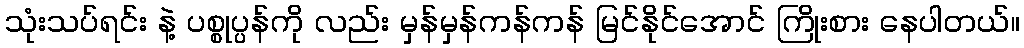
သုံးသပ်ရင်း နဲ့ ပစ္စုပ္ပန်ကို လည်း မှန်မှန်ကန်ကန် မြင်နိုင်အောင် ကြိုးစား နေပါတယ်။